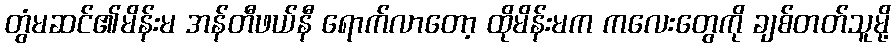
တွံမဆင်၏မိန်းမ အန်တီဖယ်နီ ရောက်လာတော့ ထိုမိန်းမက ကလေးတွေကို ချစ်တတ်သူမို့